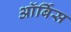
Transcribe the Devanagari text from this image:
ऑर्बिस